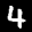
Label: 4